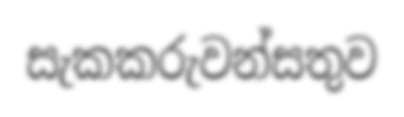
සැකකරුවන්සතුව